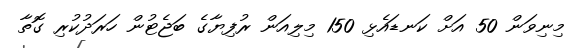
މިނިވަން 50 އަށް ކަނޑައެޅި 150 މިލިއަން ރުފިޔާގެ ބަޖެޓުން ހަރަދުކުރި ގޮތާ